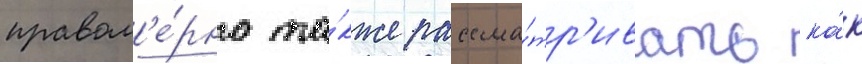
правом'е́рно та́кже рассма́тр'ивать ка́к